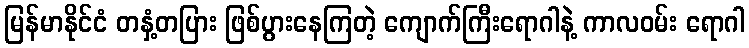
မြန်မာနိုင်ငံ တနှံ့တပြား ဖြစ်ပွားနေကြတဲ့ ကျောက်ကြီးရောဂါနဲ့ ကာလဝမ်း ရောဂါ